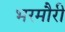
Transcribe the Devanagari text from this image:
भरमौरी